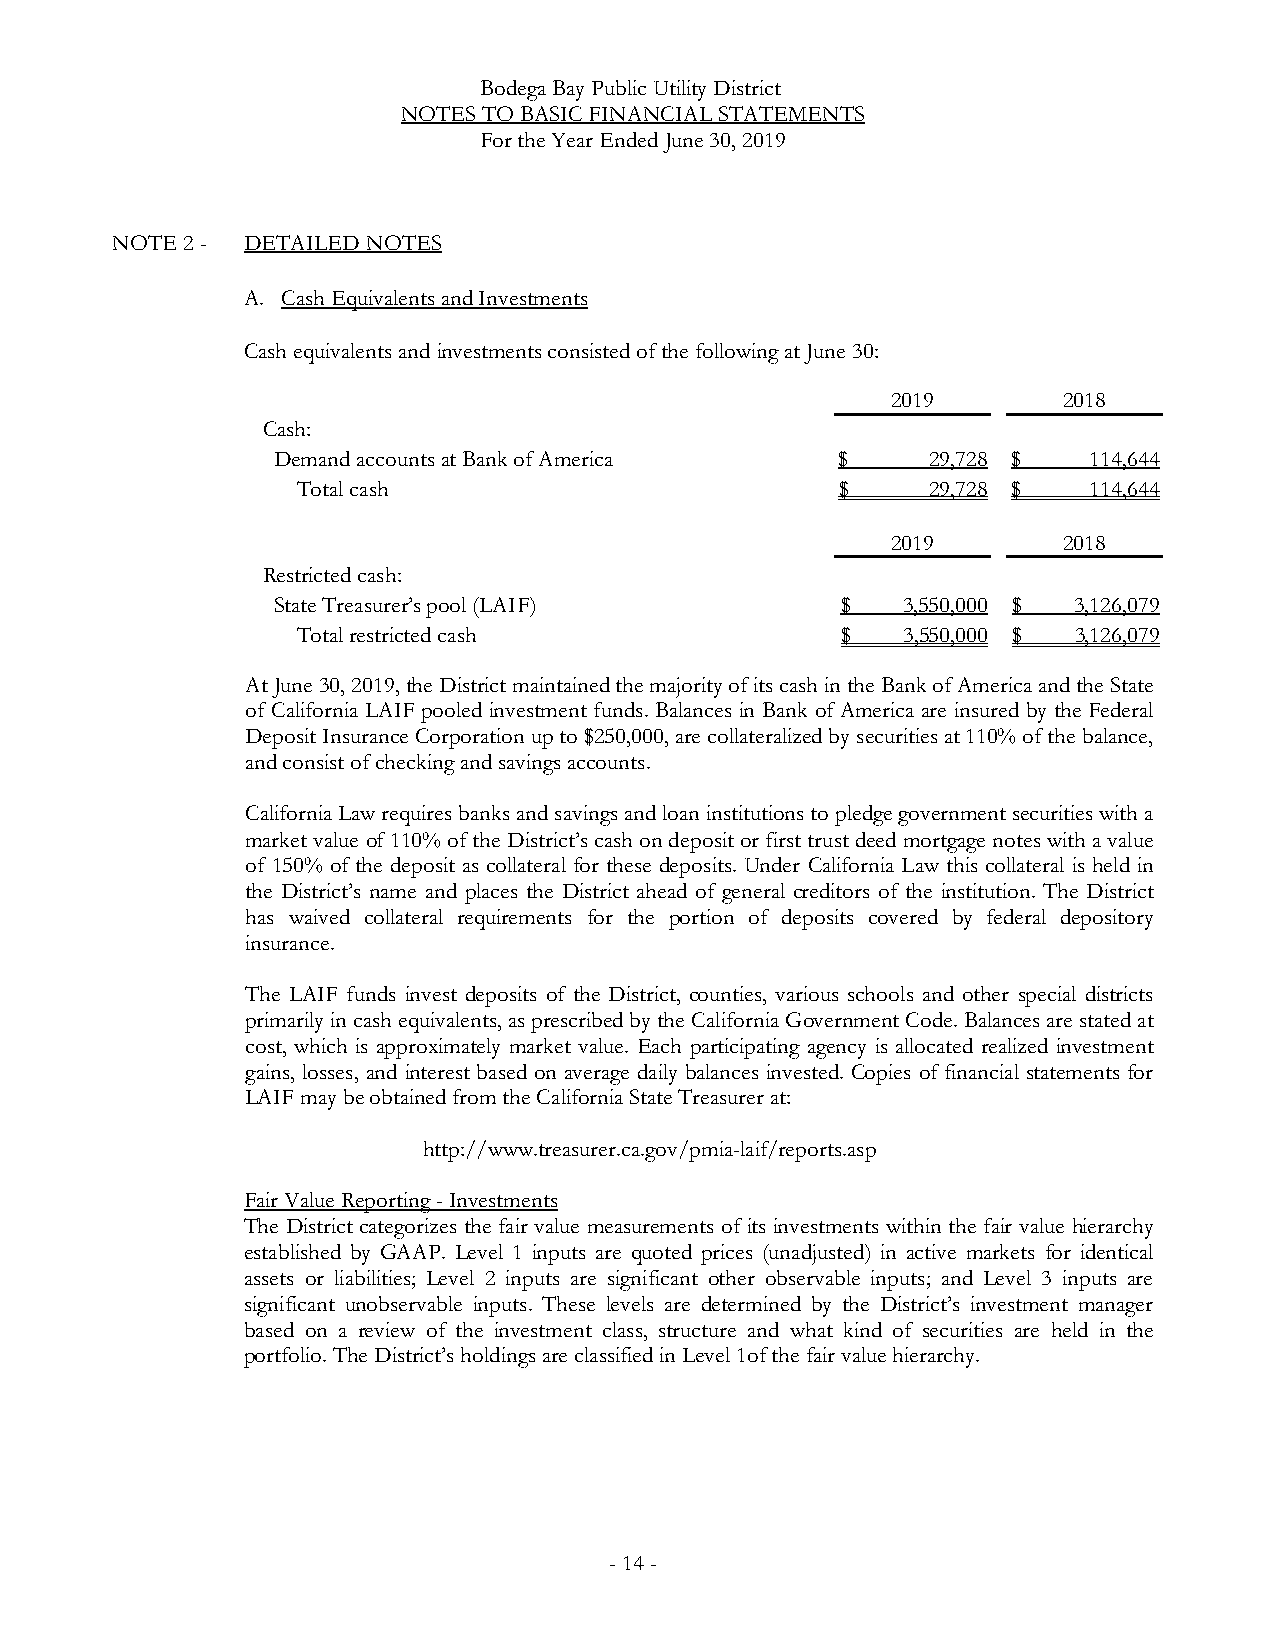
Bodega Bay Public Utility District
 NOTES TO BASIC FINANCIAL STATEMENTS
 For the Year Ended June 30, 2019
 NOTE 2 - DETAILED NOTES
 A. Cash Equivalents and Investments
 Cash equivalents and investments consisted of the following at June 30:
 2019       2018
 Cash:
 Demand accountsat Bank of America    $      29,728 $  114,644
 Total cash                          $     29,728 $  114,644
 2019       2018
 Restricted cash:
 State Treasurer’s pool (LAIF)         $   3,550,000 $ 3,126,079
 Total restricted cash               $   3,550,000 $ 3,126,079
 At June 30, 2019, the District maintained the majority of its cash in the Bank of America and the State
 of California LAIF pooled investment funds. Balances in Bank of America are insured by the Federal
 Deposit Insurance Corporation up to $250,000, are collateralized by securities at 110% of the balance,
 and consist of checking and savings accounts.
 California Law requires banks and savings and loan institutions to pledge government securities with a
 market value of 110% of the District’s cash on deposit or first trust deed mortgage notes with a value
 of 150% of the deposit as collateral for these deposits. Under California Law this collateral is held in
 the District’s name and places the District ahead of general creditors of the institution. The District
 has waived collateral requirements for the portion of deposits covered by federal depository
 insurance.
 The LAIF funds invest deposits of the District, counties, various schools and other special districts
 primarily in cash equivalents, as prescribed by the California Government Code. Balances are stated at
 cost, which is approximately market value. Each participating agency is allocated realized investment
 gains, losses, and interest based on average daily balances invested. Copies of financial statements for
 LAIF may be obtained from the California State Treasurer at:
 http://www.treasurer.ca.gov/pmia-laif/reports.asp
 Fair Value Reporting -Investments
 The District categorizes the fair value measurements of its investments within the fair value hierarchy
 established by GAAP. Level 1 inputs are quoted prices (unadjusted) in active markets for identical
 assets or liabilities; Level 2 inputs are significant other observable inputs; and Level 3 inputs are
 significant unobservable inputs. These levels are determined by the District’s investment manager
 based on a review of the investment class, structure and what kind of securities are held in the
 portfolio. The District’s holdings are classified in Level 1of the fair value hierarchy.
 -14-